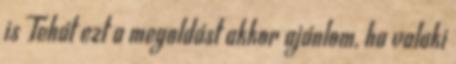
is Tehát ezt a megoldást akkor ajánlom, ha valaki